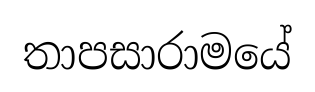
තාපසාරාමයේ